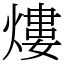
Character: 熡